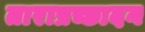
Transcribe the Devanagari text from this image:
ताराप्रच्छादन